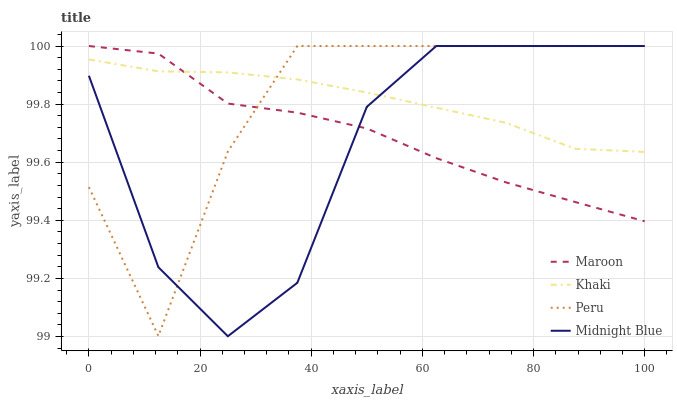
| xaxis_label | Maroon | Khaki | Peru | Midnight Blue |
 | --- | --- | --- | --- | --- |
 | 0 | 100 | 100 | 99.5 | 99.9 |
 | 12.5 | 100 | 99.9 | 99 | 99.2 |
 | 25 | 99.8 | 99.9 | 99.6 | 99 |
 | 37.5 | 99.8 | 99.9 | 100 | 99.2 |
 | 50 | 99.7 | 99.8 | 100 | 99.8 |
 | 62.5 | 99.6 | 99.8 | 100 | 100 |
 | 75 | 99.5 | 99.7 | 100 | 100 |
 | 87.5 | 99.5 | 99.6 | 100 | 100 |
 | 100 | 99.4 | 99.6 | 100 | 100 |